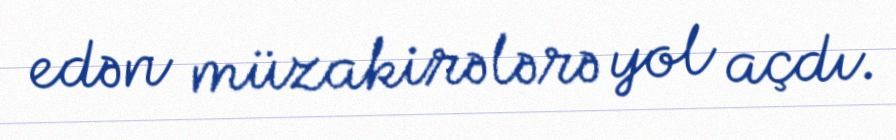
edən müzakirələrə yol açdı.